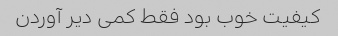
کیفیت خوب بود فقط کمی دیر آوردن